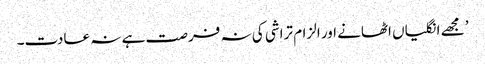
’ مجھے انگلیاں اٹھانے اور الزام تراشی کی نہ فرصت ہے نہ عادت۔